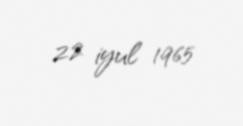
22 iyul 1965